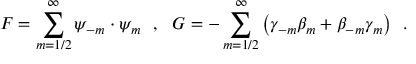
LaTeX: { F } = { \sum _ { m = 1 / 2 } ^ { \infty } \psi _ { - m } \cdot \psi _ { m } } ~ ~ , ~ ~ { G } = { - \sum _ { m = 1 / 2 } ^ { \infty } \left( \gamma _ { - m } \beta _ { m } + \beta _ { - m } \gamma _ { m } \right) } ~ ~ .